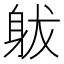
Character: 𨈩